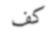
كف